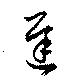
遅